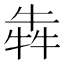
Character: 犇